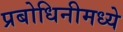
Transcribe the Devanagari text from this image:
प्रबोधिनीमध्ये